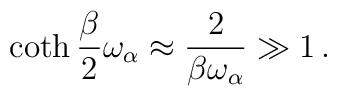
\coth {\beta\over 2}\omega_\alpha \approx {2\over\beta\omega_\alpha}\gg 1\,.